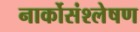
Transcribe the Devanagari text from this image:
नार्कोसंश्लेषण